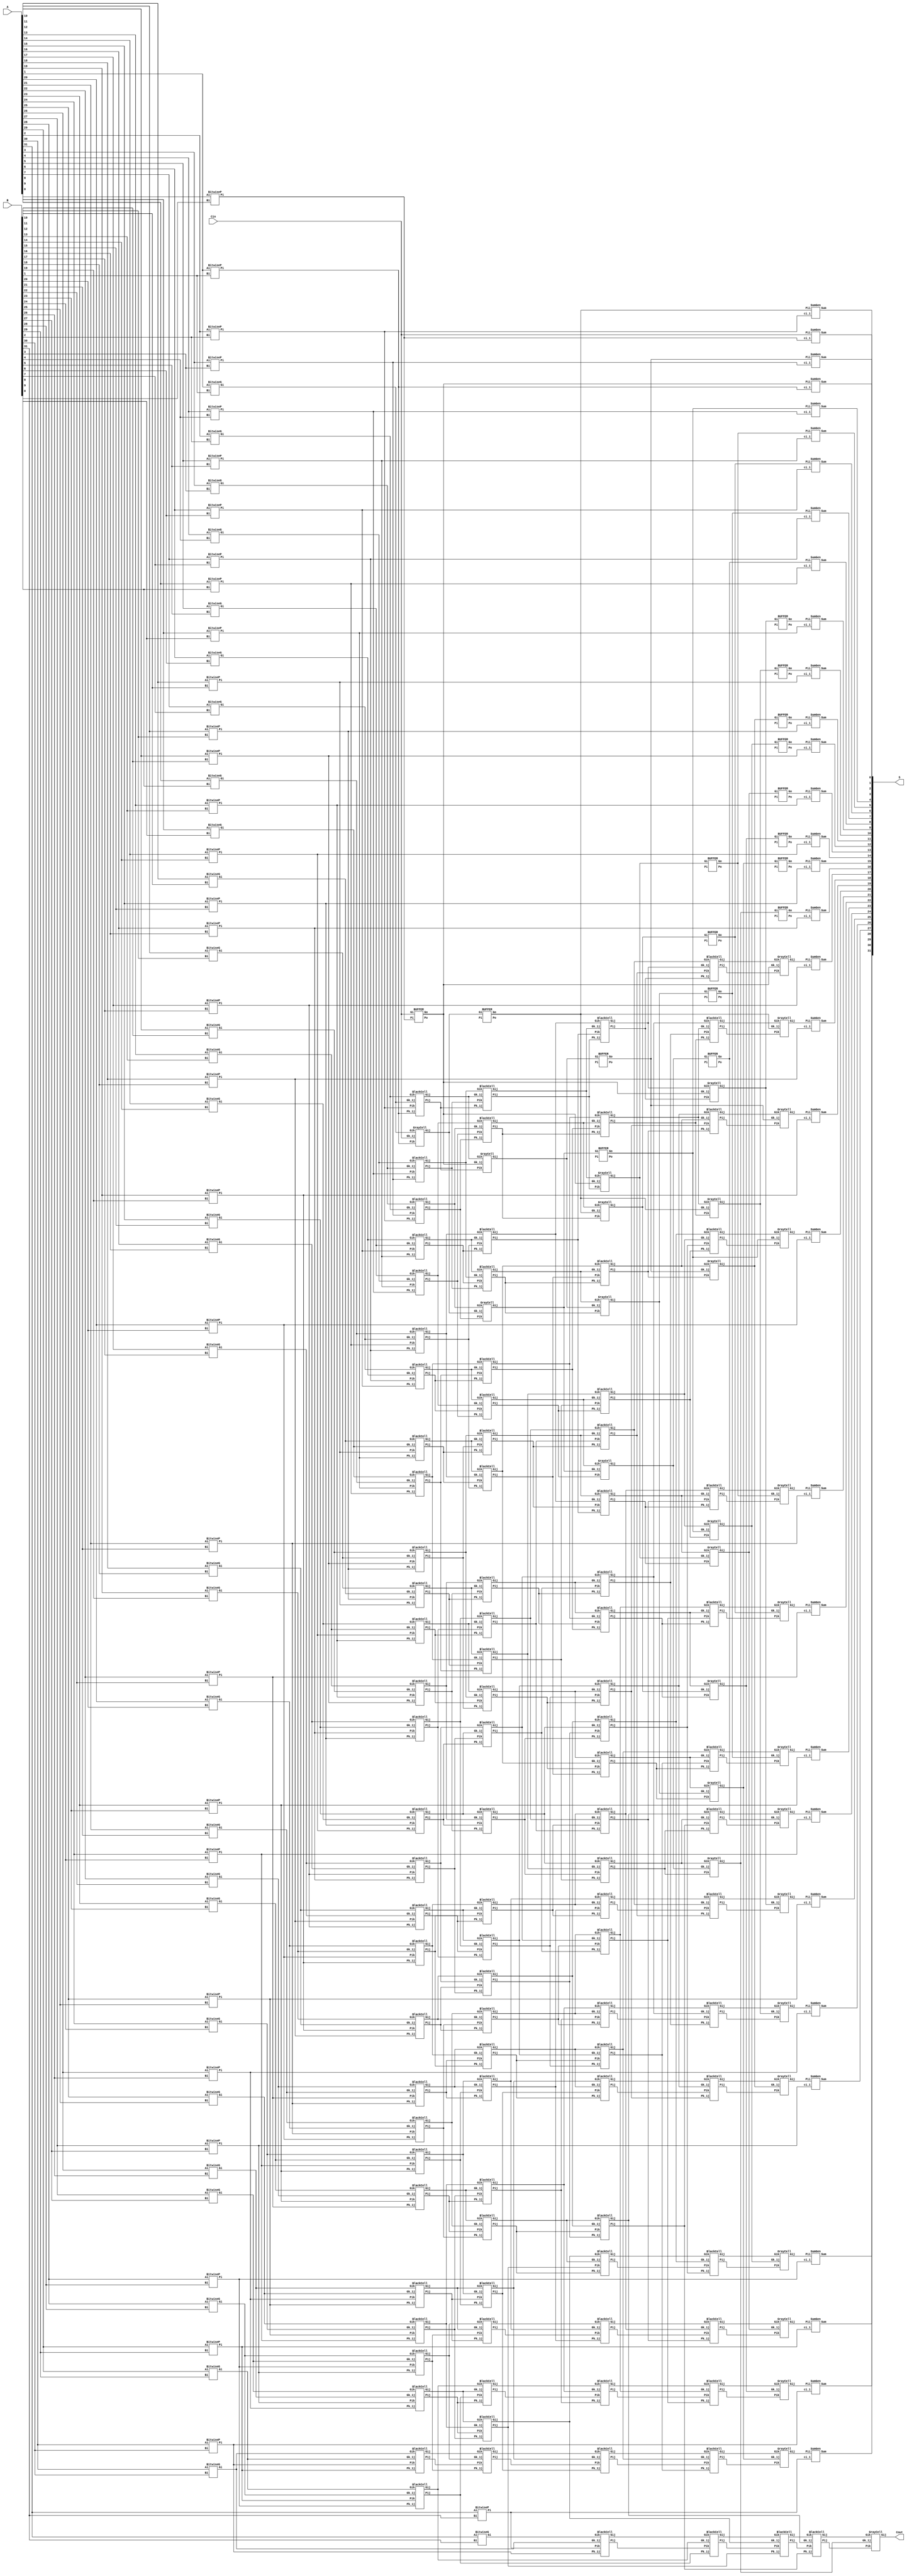

module top_koggestone_32bit(
        input [31:0] A,
		input [31:0] B,
		input Cin,
		output [31:0] S,
		output Cout
    );
  
wire [31:0] stage0G;
wire [31:0] stage0P;
wire [31:0] stage1G;
wire [31:0] stage1P;
wire [31:0] stage2G;
wire [31:0] stage2P;
wire [31:0] stage3G;
wire [31:0] stage3P;
wire [31:0] stage4G;
wire [31:0] stage4P;
wire [31:0] stage5G;
wire [31:0] stage5P;
  
  
// stage 0 
genvar i;
assign stage0G[0] = Cin;    
generate
	for(i=1;i<32;i=i+1) begin
		BitwiseG G(A[i], B[i], stage0G[i]);
	end
	
	for(i=0;i<32;i=i+1) begin
		BitwiseP P(A[i], B[i], stage0P[i]);
	end
endgenerate
//////////////////////////// 
 
// stage 1  

BUFFER Buffer10(stage0P[0],stage0G[0],stage1P[0],stage1G[0]);

GrayCell GC10(stage0G[1],stage0P[1],stage0G[0],stage1G[1]);

BlackCell BC10(stage0G[2],stage0P[2],stage0G[1],stage0P[1],stage1G[2],stage1P[2]);
BlackCell BC11(stage0G[3],stage0P[3],stage0G[2],stage0P[2],stage1G[3],stage1P[3]);
BlackCell BC12(stage0G[4],stage0P[4],stage0G[3],stage0P[3],stage1G[4],stage1P[4]);
BlackCell BC13(stage0G[5],stage0P[5],stage0G[4],stage0P[4],stage1G[5],stage1P[5]);
BlackCell BC14(stage0G[6],stage0P[6],stage0G[5],stage0P[5],stage1G[6],stage1P[6]);

BlackCell BC15(stage0G[7],stage0P[7],stage0G[6],stage0P[6],stage1G[7],stage1P[7]);
BlackCell BC16(stage0G[8],stage0P[8],stage0G[7],stage0P[7],stage1G[8],stage1P[8]);
BlackCell BC17(stage0G[9],stage0P[9],stage0G[8],stage0P[8],stage1G[9],stage1P[9]);
BlackCell BC18(stage0G[10],stage0P[10],stage0G[9],stage0P[9],stage1G[10],stage1P[10]);
BlackCell BC19(stage0G[11],stage0P[11],stage0G[10],stage0P[10],stage1G[11],stage1P[11]);

BlackCell BC110(stage0G[12],stage0P[12],stage0G[11],stage0P[11],stage1G[12],stage1P[12]);
BlackCell BC111(stage0G[13],stage0P[13],stage0G[12],stage0P[12],stage1G[13],stage1P[13]);
BlackCell BC112(stage0G[14],stage0P[14],stage0G[13],stage0P[13],stage1G[14],stage1P[14]);
BlackCell BC113(stage0G[15],stage0P[15],stage0G[14],stage0P[14],stage1G[15],stage1P[15]);
BlackCell BC114(stage0G[16],stage0P[16],stage0G[15],stage0P[15],stage1G[16],stage1P[16]);

BlackCell BC115(stage0G[17],stage0P[17],stage0G[16],stage0P[16],stage1G[17],stage1P[17]);
BlackCell BC116(stage0G[18],stage0P[18],stage0G[17],stage0P[17],stage1G[18],stage1P[18]);
BlackCell BC117(stage0G[19],stage0P[19],stage0G[18],stage0P[18],stage1G[19],stage1P[19]);
BlackCell BC118(stage0G[20],stage0P[20],stage0G[19],stage0P[19],stage1G[20],stage1P[20]);
BlackCell BC119(stage0G[21],stage0P[21],stage0G[20],stage0P[20],stage1G[21],stage1P[21]);

BlackCell BC120(stage0G[22],stage0P[22],stage0G[21],stage0P[21],stage1G[22],stage1P[22]);
BlackCell BC121(stage0G[23],stage0P[23],stage0G[22],stage0P[22],stage1G[23],stage1P[23]);
BlackCell BC122(stage0G[24],stage0P[24],stage0G[23],stage0P[23],stage1G[24],stage1P[24]);
BlackCell BC123(stage0G[25],stage0P[25],stage0G[24],stage0P[24],stage1G[25],stage1P[25]);
BlackCell BC124(stage0G[26],stage0P[26],stage0G[25],stage0P[25],stage1G[26],stage1P[26]);

BlackCell BC125(stage0G[27],stage0P[27],stage0G[26],stage0P[26],stage1G[27],stage1P[27]);
BlackCell BC126(stage0G[28],stage0P[28],stage0G[27],stage0P[27],stage1G[28],stage1P[28]);
BlackCell BC127(stage0G[29],stage0P[29],stage0G[28],stage0P[28],stage1G[29],stage1P[29]);
BlackCell BC128(stage0G[30],stage0P[30],stage0G[29],stage0P[29],stage1G[30],stage1P[30]);
BlackCell BC129(stage0G[31],stage0P[31],stage0G[30],stage0P[30],stage1G[31],stage1P[31]);


////////////////////////////  

// stage 2 

assign stage2P[0] = stage1P[0];
assign stage2G[0] = stage1G[0]; 

BUFFER Buff20(stage1P[1],stage1G[1],stage2P[1],stage2G[1]);

GrayCell GC20(stage1G[2],stage1P[2],stage1G[0],stage2G[2]);
GrayCell GC21(stage1G[3],stage1P[3],stage1G[1],stage2G[3]);

BlackCell BC20(stage1G[4],stage1P[4],stage1G[2],stage1P[2],stage2G[4],stage2P[4]);
BlackCell BC21(stage1G[5],stage1P[5],stage1G[3],stage1P[3],stage2G[5],stage2P[5]);
BlackCell BC22(stage1G[6],stage1P[6],stage1G[4],stage1P[4],stage2G[6],stage2P[6]);
BlackCell BC23(stage1G[7],stage1P[7],stage1G[5],stage1P[5],stage2G[7],stage2P[7]);
BlackCell BC24(stage1G[8],stage1P[8],stage1G[6],stage1P[6],stage2G[8],stage2P[8]);

BlackCell BC25(stage1G[9],stage1P[9],stage1G[7],stage1P[7],stage2G[9],stage2P[9]);
BlackCell BC26(stage1G[10],stage1P[10],stage1G[8],stage1P[8],stage2G[10],stage2P[10]);
BlackCell BC27(stage1G[11],stage1P[11],stage1G[9],stage1P[9],stage2G[11],stage2P[11]);
BlackCell BC28(stage1G[12],stage1P[12],stage1G[10],stage1P[10],stage2G[12],stage2P[12]);
BlackCell BC29(stage1G[13],stage1P[13],stage1G[11],stage1P[11],stage2G[13],stage2P[13]);

BlackCell BC210(stage1G[14],stage1P[14],stage1G[12],stage1P[12],stage2G[14],stage2P[14]);
BlackCell BC211(stage1G[15],stage1P[15],stage1G[13],stage1P[13],stage2G[15],stage2P[15]);
BlackCell BC212(stage1G[16],stage1P[16],stage1G[14],stage1P[14],stage2G[16],stage2P[16]);
BlackCell BC213(stage1G[17],stage1P[17],stage1G[15],stage1P[15],stage2G[17],stage2P[17]);
BlackCell BC214(stage1G[18],stage1P[18],stage1G[16],stage1P[16],stage2G[18],stage2P[18]);

BlackCell BC215(stage1G[19],stage1P[19],stage1G[17],stage1P[17],stage2G[19],stage2P[19]);
BlackCell BC216(stage1G[20],stage1P[20],stage1G[18],stage1P[18],stage2G[20],stage2P[20]);
BlackCell BC217(stage1G[21],stage1P[21],stage1G[19],stage1P[19],stage2G[21],stage2P[21]);
BlackCell BC218(stage1G[22],stage1P[22],stage1G[20],stage1P[20],stage2G[22],stage2P[22]);
BlackCell BC219(stage1G[23],stage1P[23],stage1G[21],stage1P[21],stage2G[23],stage2P[23]);

BlackCell BC220(stage1G[24],stage1P[24],stage1G[22],stage1P[22],stage2G[24],stage2P[24]);
BlackCell BC221(stage1G[25],stage1P[25],stage1G[23],stage1P[23],stage2G[25],stage2P[25]);
BlackCell BC222(stage1G[26],stage1P[26],stage1G[24],stage1P[24],stage2G[26],stage2P[26]);
BlackCell BC223(stage1G[27],stage1P[27],stage1G[25],stage1P[25],stage2G[27],stage2P[27]);
BlackCell BC224(stage1G[28],stage1P[28],stage1G[26],stage1P[26],stage2G[28],stage2P[28]);

BlackCell BC225(stage1G[29],stage1P[29],stage1G[27],stage1P[27],stage2G[29],stage2P[29]);
BlackCell BC226(stage1G[30],stage1P[30],stage1G[28],stage1P[28],stage2G[30],stage2P[30]);
BlackCell BC227(stage1G[31],stage1P[31],stage1G[29],stage1P[29],stage2G[31],stage2P[31]);


//////////////////////////// 

// stage 3

assign stage3P[0] = stage2P[0];
assign stage3G[0] = stage2G[0];
assign stage3P[1] = stage2P[1];
assign stage3G[1] = stage2G[1];  

BUFFER Buff30(stage2P[2],stage2G[2],stage3P[2],stage3G[2]);
BUFFER Buff31(stage2P[3],stage2G[3],stage3P[3],stage3G[3]);

GrayCell GC30(stage2G[4],stage2P[4],stage2G[0],stage3G[4]);
GrayCell GC31(stage2G[5],stage2P[5],stage2G[1],stage3G[5]);
GrayCell GC32(stage2G[6],stage2P[6],stage2G[2],stage3G[6]);
GrayCell GC33(stage2G[7],stage2P[7],stage2G[3],stage3G[7]);

BlackCell BC30(stage2G[8],stage2P[8],stage2G[4],stage2P[4],stage3G[8],stage3P[8]);
BlackCell BC31(stage2G[9],stage2P[9],stage2G[5],stage2P[5],stage3G[9],stage3P[9]);
BlackCell BC32(stage2G[10],stage2P[10],stage2G[6],stage2P[6],stage3G[10],stage3P[10]);
BlackCell BC33(stage2G[11],stage2P[11],stage2G[7],stage2P[7],stage3G[11],stage3P[11]);
BlackCell BC34(stage2G[12],stage2P[12],stage2G[8],stage2P[8],stage3G[12],stage3P[12]);

BlackCell BC35(stage2G[13],stage2P[13],stage2G[9],stage2P[9],stage3G[13],stage3P[13]);
BlackCell BC36(stage2G[14],stage2P[14],stage2G[10],stage2P[10],stage3G[14],stage3P[14]);
BlackCell BC37(stage2G[15],stage2P[15],stage2G[11],stage2P[11],stage3G[15],stage3P[15]);
BlackCell BC38(stage2G[16],stage2P[16],stage2G[12],stage2P[12],stage3G[16],stage3P[16]);
BlackCell BC39(stage2G[17],stage2P[17],stage2G[13],stage2P[13],stage3G[17],stage3P[17]);

BlackCell BC310(stage2G[18],stage2P[18],stage2G[14],stage2P[14],stage3G[18],stage3P[18]);
BlackCell BC311(stage2G[19],stage2P[19],stage2G[15],stage2P[15],stage3G[19],stage3P[19]);
BlackCell BC312(stage2G[20],stage2P[20],stage2G[16],stage2P[16],stage3G[20],stage3P[20]);
BlackCell BC313(stage2G[21],stage2P[21],stage2G[17],stage2P[17],stage3G[21],stage3P[21]);
BlackCell BC314(stage2G[22],stage2P[22],stage2G[18],stage2P[18],stage3G[22],stage3P[22]);

BlackCell BC315(stage2G[23],stage2P[23],stage2G[19],stage2P[19],stage3G[23],stage3P[23]);
BlackCell BC316(stage2G[24],stage2P[24],stage2G[20],stage2P[20],stage3G[24],stage3P[24]);
BlackCell BC317(stage2G[25],stage2P[25],stage2G[21],stage2P[21],stage3G[25],stage3P[25]);
BlackCell BC318(stage2G[26],stage2P[26],stage2G[22],stage2P[22],stage3G[26],stage3P[26]);
BlackCell BC319(stage2G[27],stage2P[27],stage2G[23],stage2P[23],stage3G[27],stage3P[27]);

BlackCell BC320(stage2G[28],stage2P[28],stage2G[24],stage2P[24],stage3G[28],stage3P[28]);
BlackCell BC321(stage2G[29],stage2P[29],stage2G[25],stage2P[25],stage3G[29],stage3P[29]);
BlackCell BC322(stage2G[30],stage2P[30],stage2G[26],stage2P[26],stage3G[30],stage3P[30]);
BlackCell BC323(stage2G[31],stage2P[31],stage2G[27],stage2P[27],stage3G[31],stage3P[31]);


//////////////////////////// 

// stage 4  

assign stage4P[0] = stage3P[0];
assign stage4G[0] = stage3G[0];
assign stage4P[1] = stage3P[1];
assign stage4G[1] = stage3G[1]; 
assign stage4P[2] = stage3P[2];
assign stage4G[2] = stage3G[2];
assign stage4P[3] = stage3P[3];
assign stage4G[3] = stage3G[3]; 

BUFFER Buff40(stage3P[4],stage3G[4],stage4P[4],stage4G[4]);
BUFFER Buff41(stage3P[5],stage3G[5],stage4P[5],stage4G[5]);
BUFFER Buff42(stage3P[6],stage3G[6],stage4P[6],stage4G[6]);
BUFFER Buff43(stage3P[7],stage3G[7],stage4P[7],stage4G[7]);

GrayCell GC40(stage3G[8],stage3P[8],stage3G[0],stage4G[8]);
GrayCell GC41(stage3G[9],stage3P[9],stage3G[1],stage4G[9]);
GrayCell GC42(stage3G[10],stage3P[10],stage3G[2],stage4G[10]);
GrayCell GC43(stage3G[11],stage3P[11],stage3G[3],stage4G[11]);

GrayCell GC44(stage3G[12],stage3P[12],stage3G[4],stage4G[12]);
GrayCell GC45(stage3G[13],stage3P[13],stage3G[5],stage4G[13]);
GrayCell GC46(stage3G[14],stage3P[14],stage3G[6],stage4G[14]);
GrayCell GC47(stage3G[15],stage3P[15],stage3G[7],stage4G[15]);


BlackCell BC40(stage3G[16],stage3P[16],stage3G[8],stage3P[8],stage4G[16],stage4P[16]);
BlackCell BC41(stage3G[17],stage3P[17],stage3G[9],stage3P[9],stage4G[17],stage4P[17]);
BlackCell BC42(stage3G[18],stage3P[18],stage3G[10],stage3P[10],stage4G[18],stage4P[18]);
BlackCell BC43(stage3G[19],stage3P[19],stage3G[11],stage3P[11],stage4G[19],stage4P[19]);
BlackCell BC44(stage3G[20],stage3P[20],stage3G[12],stage3P[12],stage4G[20],stage4P[20]);

BlackCell BC45(stage3G[21],stage3P[21],stage3G[13],stage3P[13],stage4G[21],stage4P[21]);
BlackCell BC46(stage3G[22],stage3P[22],stage3G[14],stage3P[14],stage4G[22],stage4P[22]);
BlackCell BC347(stage3G[23],stage3P[23],stage3G[15],stage3P[15],stage4G[23],stage4P[23]);
BlackCell BC348(stage3G[24],stage3P[24],stage3G[16],stage3P[16],stage4G[24],stage4P[24]);
BlackCell BC349(stage3G[25],stage3P[25],stage3G[17],stage3P[17],stage4G[25],stage4P[25]);

BlackCell BC3410(stage3G[26],stage3P[26],stage3G[18],stage3P[18],stage4G[26],stage4P[26]);
BlackCell BC411(stage3G[27],stage3P[27],stage3G[19],stage3P[19],stage4G[27],stage4P[27]);
BlackCell BC412(stage3G[28],stage3P[28],stage3G[20],stage3P[20],stage4G[28],stage4P[28]);
BlackCell BC413(stage3G[29],stage3P[29],stage3G[21],stage3P[21],stage4G[29],stage4P[29]);
BlackCell BC414(stage3G[30],stage3P[30],stage3G[22],stage3P[22],stage4G[30],stage4P[30]);

BlackCell BC415(stage3G[31],stage3P[31],stage3G[23],stage3P[23],stage4G[31],stage4P[31]);




//////////////////////////// 

// stage 5  

assign stage5P[0] = stage4P[0];
assign stage5G[0] = stage4G[0];
assign stage5P[1] = stage4P[1];
assign stage5G[1] = stage4G[1]; 
assign stage5P[2] = stage4P[2];
assign stage5G[2] = stage4G[2];
assign stage5P[3] = stage4P[3];
assign stage5G[3] = stage4G[3]; 
assign stage5P[4] = stage4P[4];
assign stage5G[4] = stage4G[4];
assign stage5P[5] = stage4P[5];
assign stage5G[5] = stage4G[5]; 
assign stage5P[6] = stage4P[6];
assign stage5G[6] = stage4G[6];
assign stage5P[7] = stage4P[7];
assign stage5G[7] = stage4G[7]; 

BUFFER Buff50(stage4P[8],stage4G[8],stage5P[8],stage5G[8]);
BUFFER Buff51(stage4P[9],stage4G[9],stage5P[9],stage5G[9]);
BUFFER Buff52(stage4P[10],stage4G[10],stage5P[10],stage5G[10]);
BUFFER Buff53(stage4P[11],stage4G[11],stage5P[11],stage5G[11]);
BUFFER Buff54(stage4P[12],stage4G[12],stage5P[12],stage5G[12]);
BUFFER Buff55(stage4P[13],stage4G[13],stage5P[13],stage5G[13]);
BUFFER Buff56(stage4P[14],stage4G[14],stage5P[14],stage5G[14]);
BUFFER Buff57(stage4P[15],stage4G[15],stage5P[15],stage5G[15]);

GrayCell GC50(stage4G[16],stage4P[16],stage4G[0],stage5G[16]);
GrayCell GC51(stage4G[17],stage4P[17],stage4G[1],stage5G[17]);
GrayCell GC52(stage4G[18],stage4P[18],stage4G[2],stage5G[18]);
GrayCell GC53(stage4G[19],stage4P[19],stage4G[3],stage5G[19]);

GrayCell GC54(stage4G[20],stage4P[20],stage4G[4],stage5G[20]);
GrayCell GC55(stage4G[21],stage4P[21],stage4G[5],stage5G[21]);
GrayCell GC56(stage4G[22],stage4P[22],stage4G[6],stage5G[22]);
GrayCell GC57(stage4G[23],stage4P[23],stage4G[7],stage5G[23]);

GrayCell GC58(stage4G[24],stage4P[24],stage4G[8],stage5G[24]);
GrayCell GC59(stage4G[25],stage4P[25],stage4G[9],stage5G[25]);
GrayCell GC510(stage4G[26],stage4P[26],stage4G[10],stage5G[26]);
GrayCell GC511(stage4G[27],stage4P[27],stage4G[11],stage5G[27]);

GrayCell GC512(stage4G[28],stage4P[28],stage4G[12],stage5G[28]);
GrayCell GC513(stage4G[29],stage4P[29],stage4G[13],stage5G[29]);
GrayCell GC514(stage4G[30],stage4P[30],stage4G[14],stage5G[30]);
GrayCell GC515(stage4G[31],stage4P[31],stage4G[15],stage5G[31]);

//////////////////////////// 


// TOTAL SUM

SumGen S0(stage0P[0],Cin,S[0]);
SumGen S1(stage0P[1],stage5G[0],S[1]);
SumGen S2(stage0P[2],stage5G[1],S[2]);
SumGen S3(stage0P[3],stage5G[2],S[3]);
SumGen S4(stage0P[4],stage5G[3],S[4]);

SumGen S5(stage0P[5],stage5G[4],S[5]);
SumGen S6(stage0P[6],stage5G[5],S[6]);
SumGen S7(stage0P[7],stage5G[6],S[7]);
SumGen S8(stage0P[8],stage5G[7],S[8]);

SumGen S9(stage0P[9],stage5G[8],S[9]);
SumGen S10(stage0P[10],stage5G[9],S[10]);
SumGen S11(stage0P[11],stage5G[10],S[11]);
SumGen S12(stage0P[12],stage5G[11],S[12]);

SumGen S13(stage0P[13],stage5G[12],S[13]);
SumGen S14(stage0P[14],stage5G[13],S[14]);
SumGen S15(stage0P[15],stage5G[14],S[15]);
SumGen S16(stage0P[16],stage5G[15],S[16]);

SumGen S17(stage0P[17],stage5G[16],S[17]);
SumGen S18(stage0P[18],stage5G[17],S[18]);
SumGen S19(stage0P[19],stage5G[18],S[19]);
SumGen S20(stage0P[20],stage5G[19],S[20]);

SumGen S21(stage0P[21],stage5G[20],S[21]);
SumGen S22(stage0P[22],stage5G[21],S[22]);
SumGen S23(stage0P[23],stage5G[22],S[23]);
SumGen S24(stage0P[24],stage5G[23],S[24]);

SumGen S25(stage0P[25],stage5G[24],S[25]);
SumGen S26(stage0P[26],stage5G[25],S[26]);
SumGen S27(stage0P[27],stage5G[26],S[27]);
SumGen S28(stage0P[28],stage5G[27],S[28]);

SumGen S29(stage0P[29],stage5G[28],S[29]);
SumGen S30(stage0P[30],stage5G[29],S[30]);
SumGen S31(stage0P[31],stage5G[30],S[31]);
assign Cout=stage5G[31];




///////////////////////////

       
endmodule




module BitwiseG(
	input Ai,
	input Bi,
	output Gi
    );

and (Gi,Ai,Bi);

endmodule


module BitwiseP(
		input Ai,
		input Bi,
		output Pi
    );

xor  (Pi,Ai,Bi);

endmodule

module BUFFER(
	input Pi,
	input Gi,
	output Po,
	output Go
    );
	 
assign Po = Pi;
assign Go = Gi;

endmodule


module BlackCell(
	input Gik,
	input Pik,
	input Gk_1j,
	input Pk_1j,
	output Gij,
	output Pij
    );
	 
wire net1;

and (net1,Pik,Gk_1j);
or  (Gij,Gik,net1);		
and(Pij,Pik,Pk_1j);		

endmodule

module GrayCell(
	input Gik,
	input Pik,
	input Gk_1j,
	output Gij
    );

wire net1;

and (net1,Pik,Gk_1j);
or (Gij,Gik,net1);		

endmodule


module SumGen(
		input ci_1,
		input Pii,
		output Sum
    );

xor  (Sum,ci_1,Pii);

endmodule